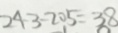
2 4 3 - 2 0 5 = 3 8